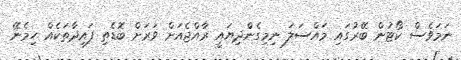
ނަމަވެސް ކޯޓުން ބޭރުގައި މައްސަލަ ނިމިގެންދިޔައީ ރާއްޖެއަށް ވަރަށް ބޮޑެތި ފައިދާތަކެއް ހިމެނޭ